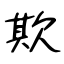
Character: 欺